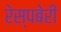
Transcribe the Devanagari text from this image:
रेस्पबेरी